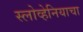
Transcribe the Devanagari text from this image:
स्लोव्हेनियाचा